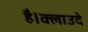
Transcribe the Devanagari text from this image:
है।क्लाउदे